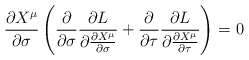
\begin{align*}\frac{\partial X^\mu}{\partial \sigma}\left(\frac{\partial}{\partial \sigma}\frac{\partial L}{\partial \frac{\partial X^\mu}{\partial \sigma}}+\frac{\partial}{\partial \tau}\frac{\partial L}{\partial \frac{\partial X^\mu}{\partial \tau}}\right)=0\end{align*}